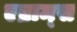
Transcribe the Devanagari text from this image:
एब्राम्‍स